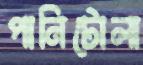
পানিটোলা